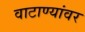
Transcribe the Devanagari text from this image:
वाटाण्यांवर